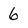
Character: 6